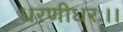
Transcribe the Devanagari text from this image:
धरणीधरः।।